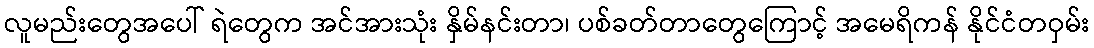
လူမည်းတွေအပေါ် ရဲတွေက အင်အားသုံး နှိမ်နင်းတာ၊ ပစ်ခတ်တာတွေကြောင့် အမေရိကန် နိုင်ငံတဝှမ်း